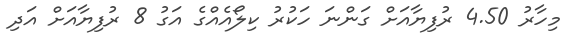
މިހާރު 4.50 ރުފިޔާއަށް ގަންނަ ހަކުރު ކިލޯއެއްގެ އަގު 8 ރުފިޔާއަށް އަދި